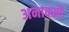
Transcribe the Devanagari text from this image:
अनाक्सी